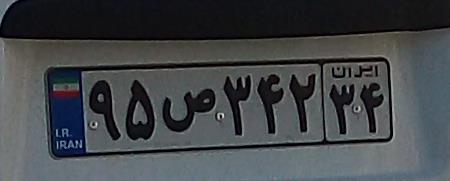
۹۵ص۳۴۲۳۴